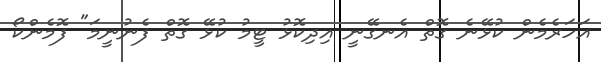
އަހަރެމެން ކުޅޭނެ ގޮތް އެނގޭނީ އިދިކޮޅު ޓީމު ކުޅޭ ގޮތް ފެނުނީމަ" ފޮމެންކޯ